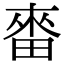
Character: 𤲝